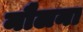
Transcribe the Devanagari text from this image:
नौलना